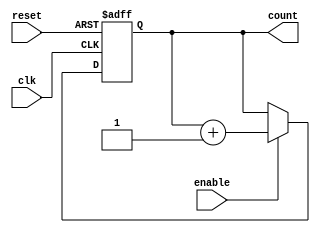
module chained_parallel_counter (
    input wire clk,             // Clock input
    input wire reset,           // Asynchronous reset
    input wire enable,          // Enable signal
    output reg [3:0] count      // 4-bit counter output
);

// Always block for synchronous counting
always @(posedge clk or posedge reset) begin
    if (reset) begin
        count <= 4'b0000;       // Reset the counter to 0
    end else if (enable) begin
        count <= count + 1;     // Increment the counter
    end
end

endmodule